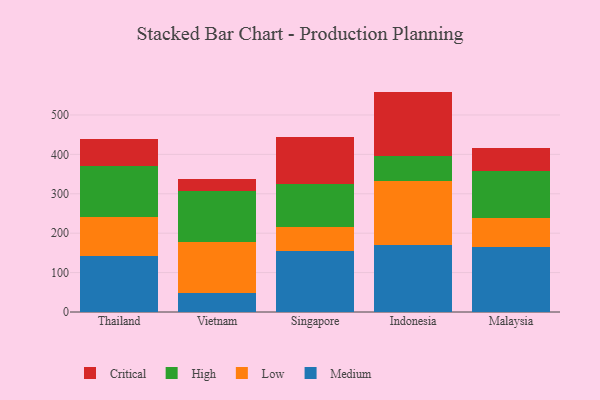
{"axis": {"x": "Country", "y": "Net Income (USD K)"}, "legend": ["Critical", "High", "Low", "Medium"], "data": [{"x": "Thailand", "y": 142.2, "type": "Medium"}, {"x": "Thailand", "y": 99.4, "type": "Low"}, {"x": "Thailand", "y": 129.8, "type": "High"}, {"x": "Thailand", "y": 68.2, "type": "Critical"}, {"x": "Vietnam", "y": 48.4, "type": "Medium"}, {"x": "Vietnam", "y": 129.8, "type": "Low"}, {"x": "Vietnam", "y": 127.7, "type": "High"}, {"x": "Vietnam", "y": 32.4, "type": "Critical"}, {"x": "Singapore", "y": 155.5, "type": "Medium"}, {"x": "Singapore", "y": 61.4, "type": "Low"}, {"x": "Singapore", "y": 108.7, "type": "High"}, {"x": "Singapore", "y": 118.2, "type": "Critical"}, {"x": "Indonesia", "y": 170.5, "type": "Medium"}, {"x": "Indonesia", "y": 162.9, "type": "Low"}, {"x": "Indonesia", "y": 62.9, "type": "High"}, {"x": "Indonesia", "y": 163.0, "type": "Critical"}, {"x": "Malaysia", "y": 164.9, "type": "Medium"}, {"x": "Malaysia", "y": 73.3, "type": "Low"}, {"x": "Malaysia", "y": 119.2, "type": "High"}, {"x": "Malaysia", "y": 59.0, "type": "Critical"}]}